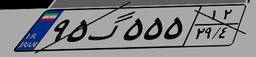
۹۵گ۵۵۵۱۲